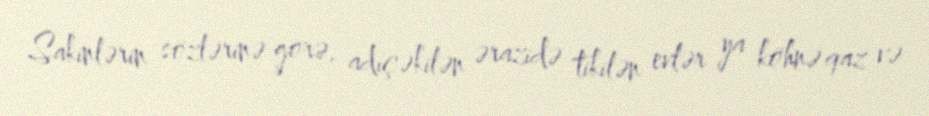
Sakinlərin sözlərinə görə, adıçəkilən ərazidə tikilən evlər ya köhnə qaz və